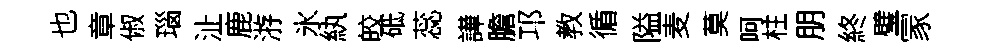
也章俶瑙沚鹿㳺氷紈皎砥蕊譁膽邛教循隘麦莫呵柱朋終璧冡